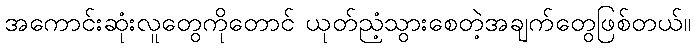
အကောင်းဆုံးလူတွေကိုတောင် ယုတ်ညံ့သွားစေတဲ့အချက်တွေဖြစ်တယ်။